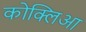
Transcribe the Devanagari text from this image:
कोक्लिआ